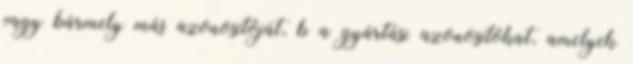
vagy bármely más azonosítóját, b a gyártási azonosítókat, amelyek